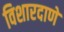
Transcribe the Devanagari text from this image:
विशारदाणे